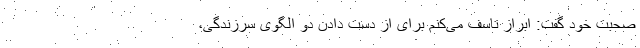
صحبت خود گفت: ابراز تاسف می‌کنم برای از دست دادن دو الگوی سرزندگی،